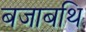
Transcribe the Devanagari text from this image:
बजाबथि